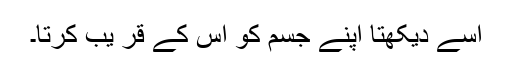
اُسے دیکھتا اپنے جسم کو اس کے قر یب کرتا۔